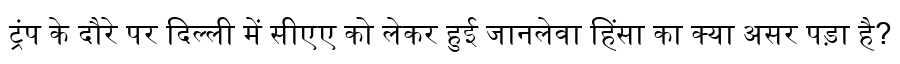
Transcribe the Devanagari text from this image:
ट्रंप के दौरे पर दिल्ली में सीएए को लेकर हुई जानलेवा हिंसा का क्या असर पड़ा है?